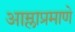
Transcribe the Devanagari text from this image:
आम्लाप्रमाणे